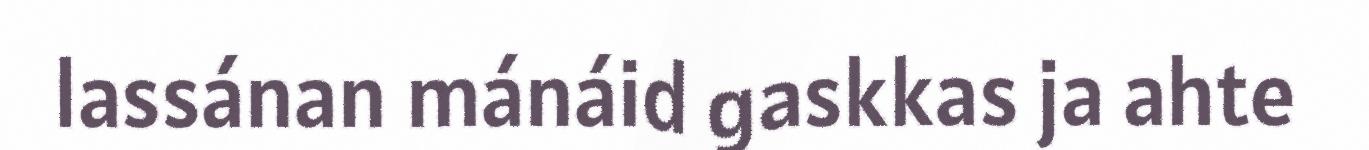
lassánan mánáid gaskkas ja ahte